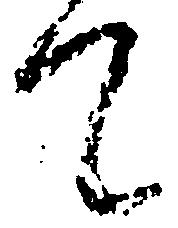
て